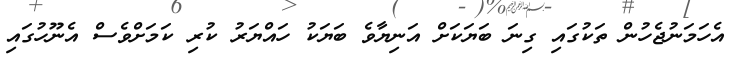
އެހަމަނުޖެހުން ތަކުގައި ގިނަ ބަޔަކަށް އަނިޔާވެ ބަޔަކު ހައްޔަރު ކުރި ކަމަށްވެސް އެނޫހުގައި